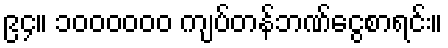
၉၄။ ၁၀၀၀၀၀၀ ကျပ်တန်ဘဏ်ငွေစာရင်း။